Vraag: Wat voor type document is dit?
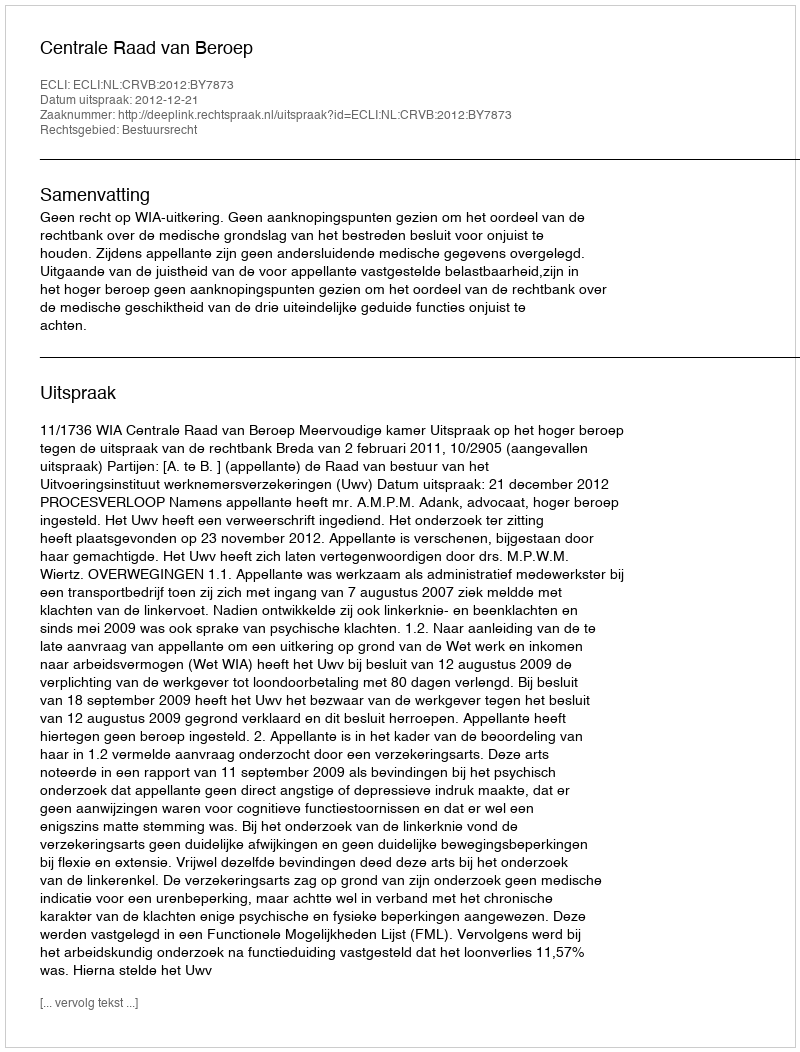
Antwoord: Uitspraak